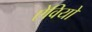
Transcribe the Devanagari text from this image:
ऐवियो